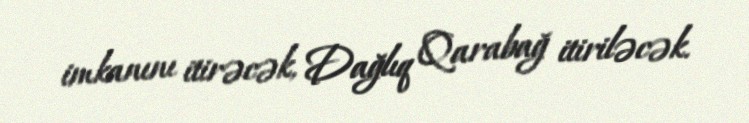
imkanını itirəcək, Dağlıq Qarabağ itiriləcək.